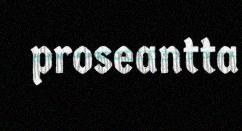
proseantta